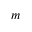
m